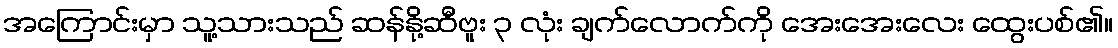
အကြောင်းမှာ သူ့သားသည် ဆန်နို့ဆီဗူး ၃ လုံး ချက်လောက်ကို အေးအေးလေး ထွေးပစ်၏။